Vaccination report Assam 1896-1927 - 1896-1927
Year: 1896
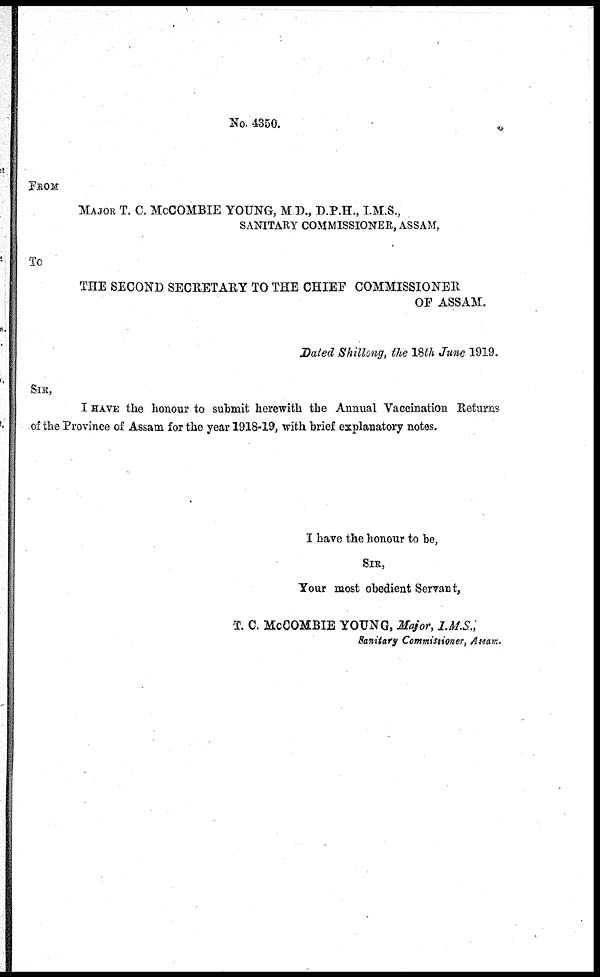
No. 4350.
FROM
MAJOR T. C. McCOMBIE YOUNG, M D., D.P.H., I.M.S.,
SANITARY COMMISSIONER, ASSAM,
To
THE SECOND SECRETARY TO THE CHIEF COMMISSIONER
OF ASSAM.
Dated Shillong, the 18th June 1919.
SIR,
I HAVE the honour to submit herewith the Annual Vaccination Returns
of the Province of Assam for the year 1918-19, with brief explanatory notes.
I have the honour to be,
SIR,
Your most obedient Servant,
T. C. McCOMBIE YOUNG, Major, I.M.S.;
Sanitary Commissioner, Assam.